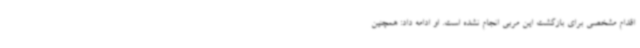
اقدام مشخصی برای بازگشت این مربی انجام نشده است. او ادامه داد:‌ همچنین